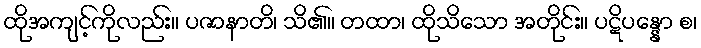
ထိုအကျင့်ကိုလည်း။ ပဇာနာတိ၊ သိ၏။ တထာ၊ ထိုသိသော အတိုင်း။ ပဋိပန္နော စ၊